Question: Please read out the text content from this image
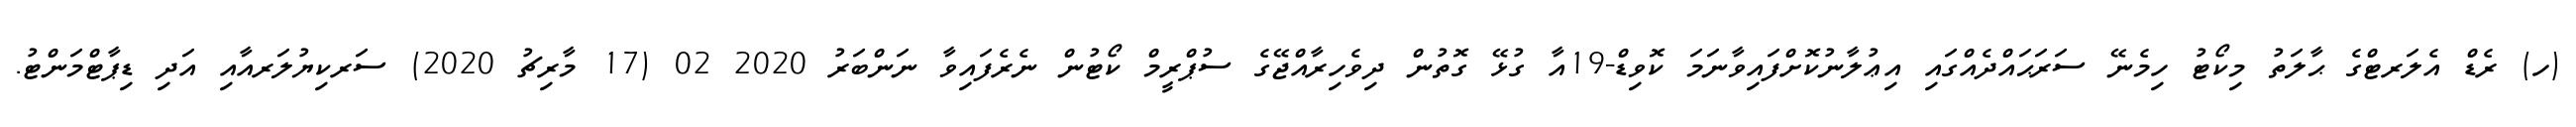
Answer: (ހ) ރެޑް އެލަރޓްގެ ޙާލަތު މިކޯޓު ހިމެނޭ ސަރަޙައްދެއްގައި އިޢުލާނުކޮށްފައިވާނަމަ ކޮވިޑް-19އާ ގުޅޭ ގޮތުން ދިވެހިރާއްޖޭގެ ސުޕްރީމް ކޯޓުން ނެރެފައިވާ ނަންބަރު 2020 02 (17 މާރިޗު 2020) ސަރކިޔުލަރއާއި އަދި ޑިޕާޓްމަންޓު.